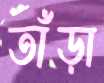
তাঁড়া